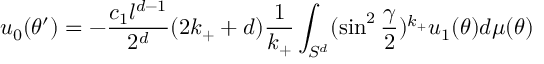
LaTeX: u _ { 0 } ( \theta ^ { \prime } ) = - { \frac { c _ { 1 } l ^ { d - 1 } } { 2 ^ { d } } } ( 2 k _ { + } + d ) { \frac { 1 } { k _ { + } } } \int _ { S ^ { d } } ( \sin ^ { 2 } { \frac { \gamma } { 2 } } ) ^ { k _ { + } } u _ { 1 } ( \theta ) d \mu ( \theta ) ~ ~